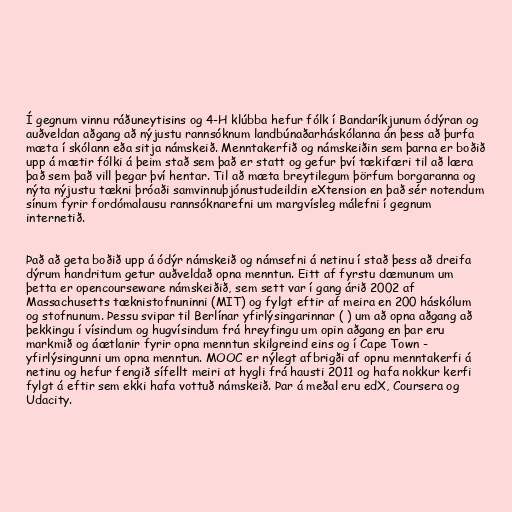
Í gegnum vinnu ráðuneytisins og 4-H klúbba hefur fólk í Bandaríkjunum ódýran og
auðveldan aðgang að nýjustu rannsóknum landbúnaðarháskólanna án þess að þurfa
mæta í skólann eða sitja námskeið. Menntakerfið og námskeiðin sem þarna er boðið
upp á mætir fólki á þeim stað sem það er statt og gefur því tækifæri til að læra
það sem það vill þegar því hentar. Til að mæta breytilegum þörfum borgaranna og
nýta nýjustu tækni þróaði samvinnuþjónustudeildin eXtension en það sér notendum
sínum fyrir fordómalausu rannsóknarefni um margvísleg málefni í gegnum
internetið.

Það að geta boðið upp á ódýr námskeið og námsefni á netinu í stað þess að dreifa
dýrum handritum getur auðveldað opna menntun. Eitt af fyrstu dæmunum um
þetta er opencourseware námskeiðið, sem sett var í gang árið 2002 af
Massachusetts tæknistofnuninni (MIT) og fylgt eftir af meira en 200 háskólum
og stofnunum. Þessu svipar til Berlínar yfirlýsingarinnar ( ) um að opna aðgang að
þekkingu í vísindum og hugvísindum frá hreyfingu um opin aðgang en þar eru
markmið og áætlanir fyrir opna menntun skilgreind eins og í Cape Town -
yfirlýsingunni um opna menntun. MOOC er nýlegt afbrigði af opnu menntakerfi á
netinu og hefur fengið sífellt meiri at hygli frá hausti 2011 og hafa nokkur kerfi
fylgt á eftir sem ekki hafa vottuð námskeið. Þar á meðal eru edX, Coursera og
Udacity.